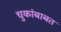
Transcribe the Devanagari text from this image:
चुकांबाबत